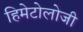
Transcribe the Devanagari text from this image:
हिमेटोलोजी